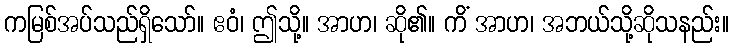
ကမြစ်အပ်သည်ရှိသော်။ ဧဝံ၊ ဤသို့။ အာဟ၊ ဆို၏။ ကိံ အာဟ၊ အဘယ်သို့ဆိုသနည်း။